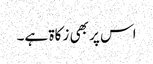
اس پر بھی زکاۃ ہے۔